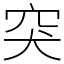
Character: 突